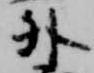
外